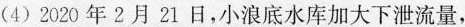
(4)2020年2月21日，小浪底水库加大下泄流量，